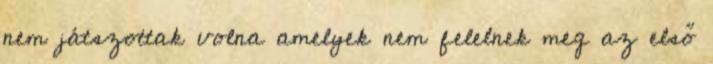
nem játszottak volna amelyek nem felelnek meg az első